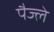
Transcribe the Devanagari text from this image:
पैज्ले